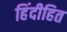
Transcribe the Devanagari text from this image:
हिंदीहित